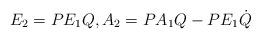
LaTeX: \begin{align*}E_2=PE_1Q,A_2=PA_1Q-PE_1\dot Q\end{align*}